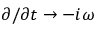
\partial / \partial t \to - i \omega